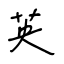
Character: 英